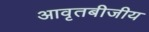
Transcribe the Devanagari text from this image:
आवृतबीजीय